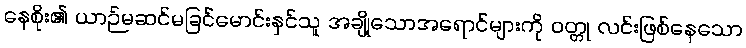
နေစိုး၏ ယာဉ်မဆင်မခြင်မောင်းနှင်သူ အချို့သောအရောင်များကို ဝတ္တု လင်းဖြစ်နေသော